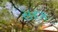
સરક